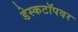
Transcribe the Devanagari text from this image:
डेस्कटॉपवर